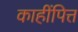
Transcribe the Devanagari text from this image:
काहींपित्त